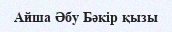
Айша Әбу Бәкір қызы